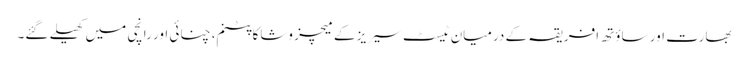
بھارت اور ساؤتھ افریقہ کے درمیان ٹیسٹ سیریز کے میچز وشاکاپٹنم، چنائی اور رانچی میں کھیلے گئے۔